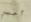
أجبر